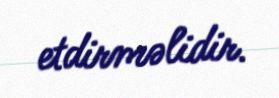
etdirməlidir.